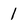
Character: 1